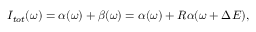
I _ { t o t } ( \omega ) = \alpha ( \omega ) + \beta ( \omega ) = \alpha ( \omega ) + R \alpha ( \omega + \Delta E ) ,